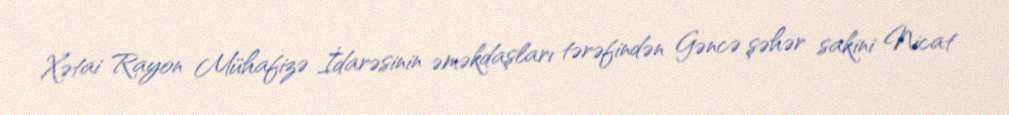
Xətai Rayon Mühafizə İdarəsinin əməkdaşları tərəfindən Gəncə şəhər sakini Nicat